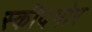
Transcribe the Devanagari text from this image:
स्कीदमोर